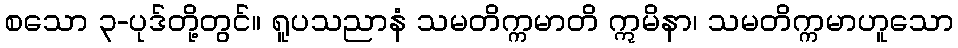
စသော ၃-ပုဒ်တို့တွင်။ ရူပသညာနံ သမတိက္ကမာတိ ဣမိနာ၊ သမတိက္ကမာဟူသော